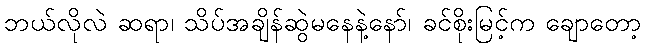
ဘယ်လိုလဲ ဆရာ၊ သိပ်အချိန်ဆွဲမနေနဲ့နော်၊ ခင်စိုးမြင့်က ချောတော့